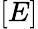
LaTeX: [E]